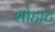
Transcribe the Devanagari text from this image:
शोहाट